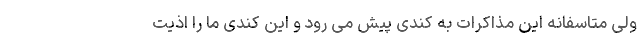
ولی متاسفانه این مذاکرات به کندی پیش می رود و این کندی ما را اذیت